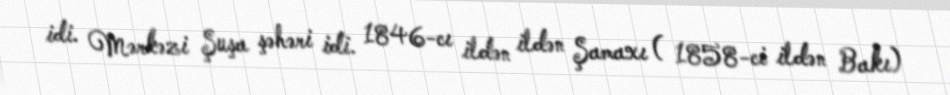
idi. Mərkəzi Şuşa şəhəri idi. 1846-cı ildən ildən Şamaxı ( 1858-ci ildən Bakı)